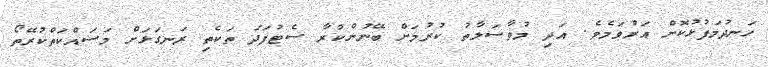
ހަނދުމަފުޅުކޮށް އަރުވަމެވެ. އަދި މުވާސަލާތު ކުރުމަށް ބޭނުންކުރާ ސެޓުފަދަ ތަކެތި ރަނގަޅަށް މަސައްކަތްކުރޭތޯ